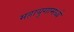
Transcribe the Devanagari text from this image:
महायुगामध्ये